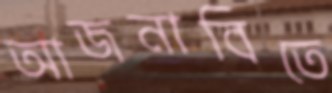
আজনাবিতে